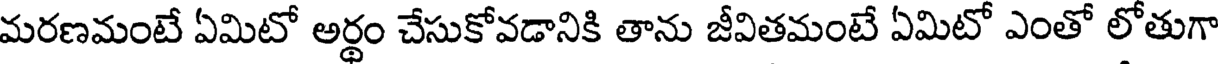
మరణమంటే ఏమిటో అర్థం చేసుకోవడానికి తాను జీవితమంటే ఏమిటో ఎంతో లోతుగా